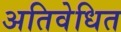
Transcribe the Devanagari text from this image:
अतिवेधित